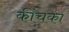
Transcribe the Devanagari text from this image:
कीचका